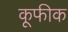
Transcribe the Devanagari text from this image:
कूफीक